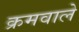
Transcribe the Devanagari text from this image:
क्रमवाले